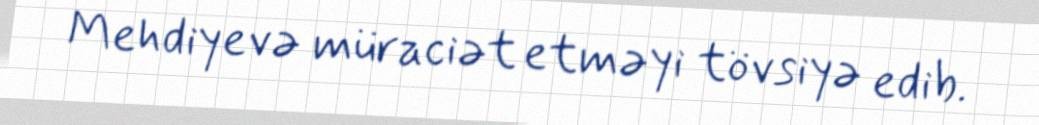
Mehdiyevə müraciət etməyi tövsiyə edib.